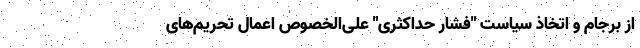
از برجام و اتخاذ سیاست "فشار حداکثری" علی‌الخصوص اعمال تحریم‌های